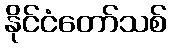
နိုင်ငံတော်သစ်